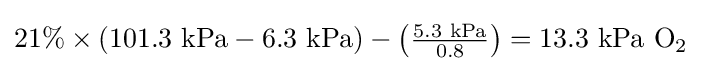
{\textstyle 21\%\times (101.3{\text{ kPa}}-6.3{\text{ kPa}})-\left({\frac {5.3{\text{ kPa}}}{0.8}}\right)=13.3{\text{ kPa O}}_{2}}